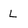
Character: L